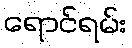
ရောင်ရမ်း